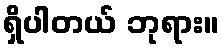
ရှိပါတယ် ဘုရား။